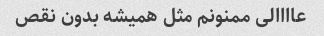
عاااالی ممنونم مثل همیشه بدون نقص